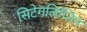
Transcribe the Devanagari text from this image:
सिटेगलिप्तिन